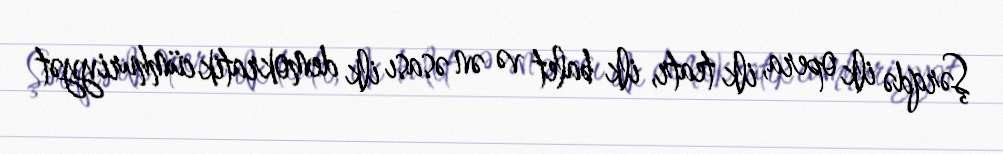
Şərqdə ilk opera, ilk teatr, ilk balet və ən əsası ilk demokratik cümhuriyyət